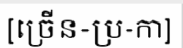
[ច្រើន-ប្រ-កា]